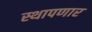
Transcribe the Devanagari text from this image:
स्थापणार